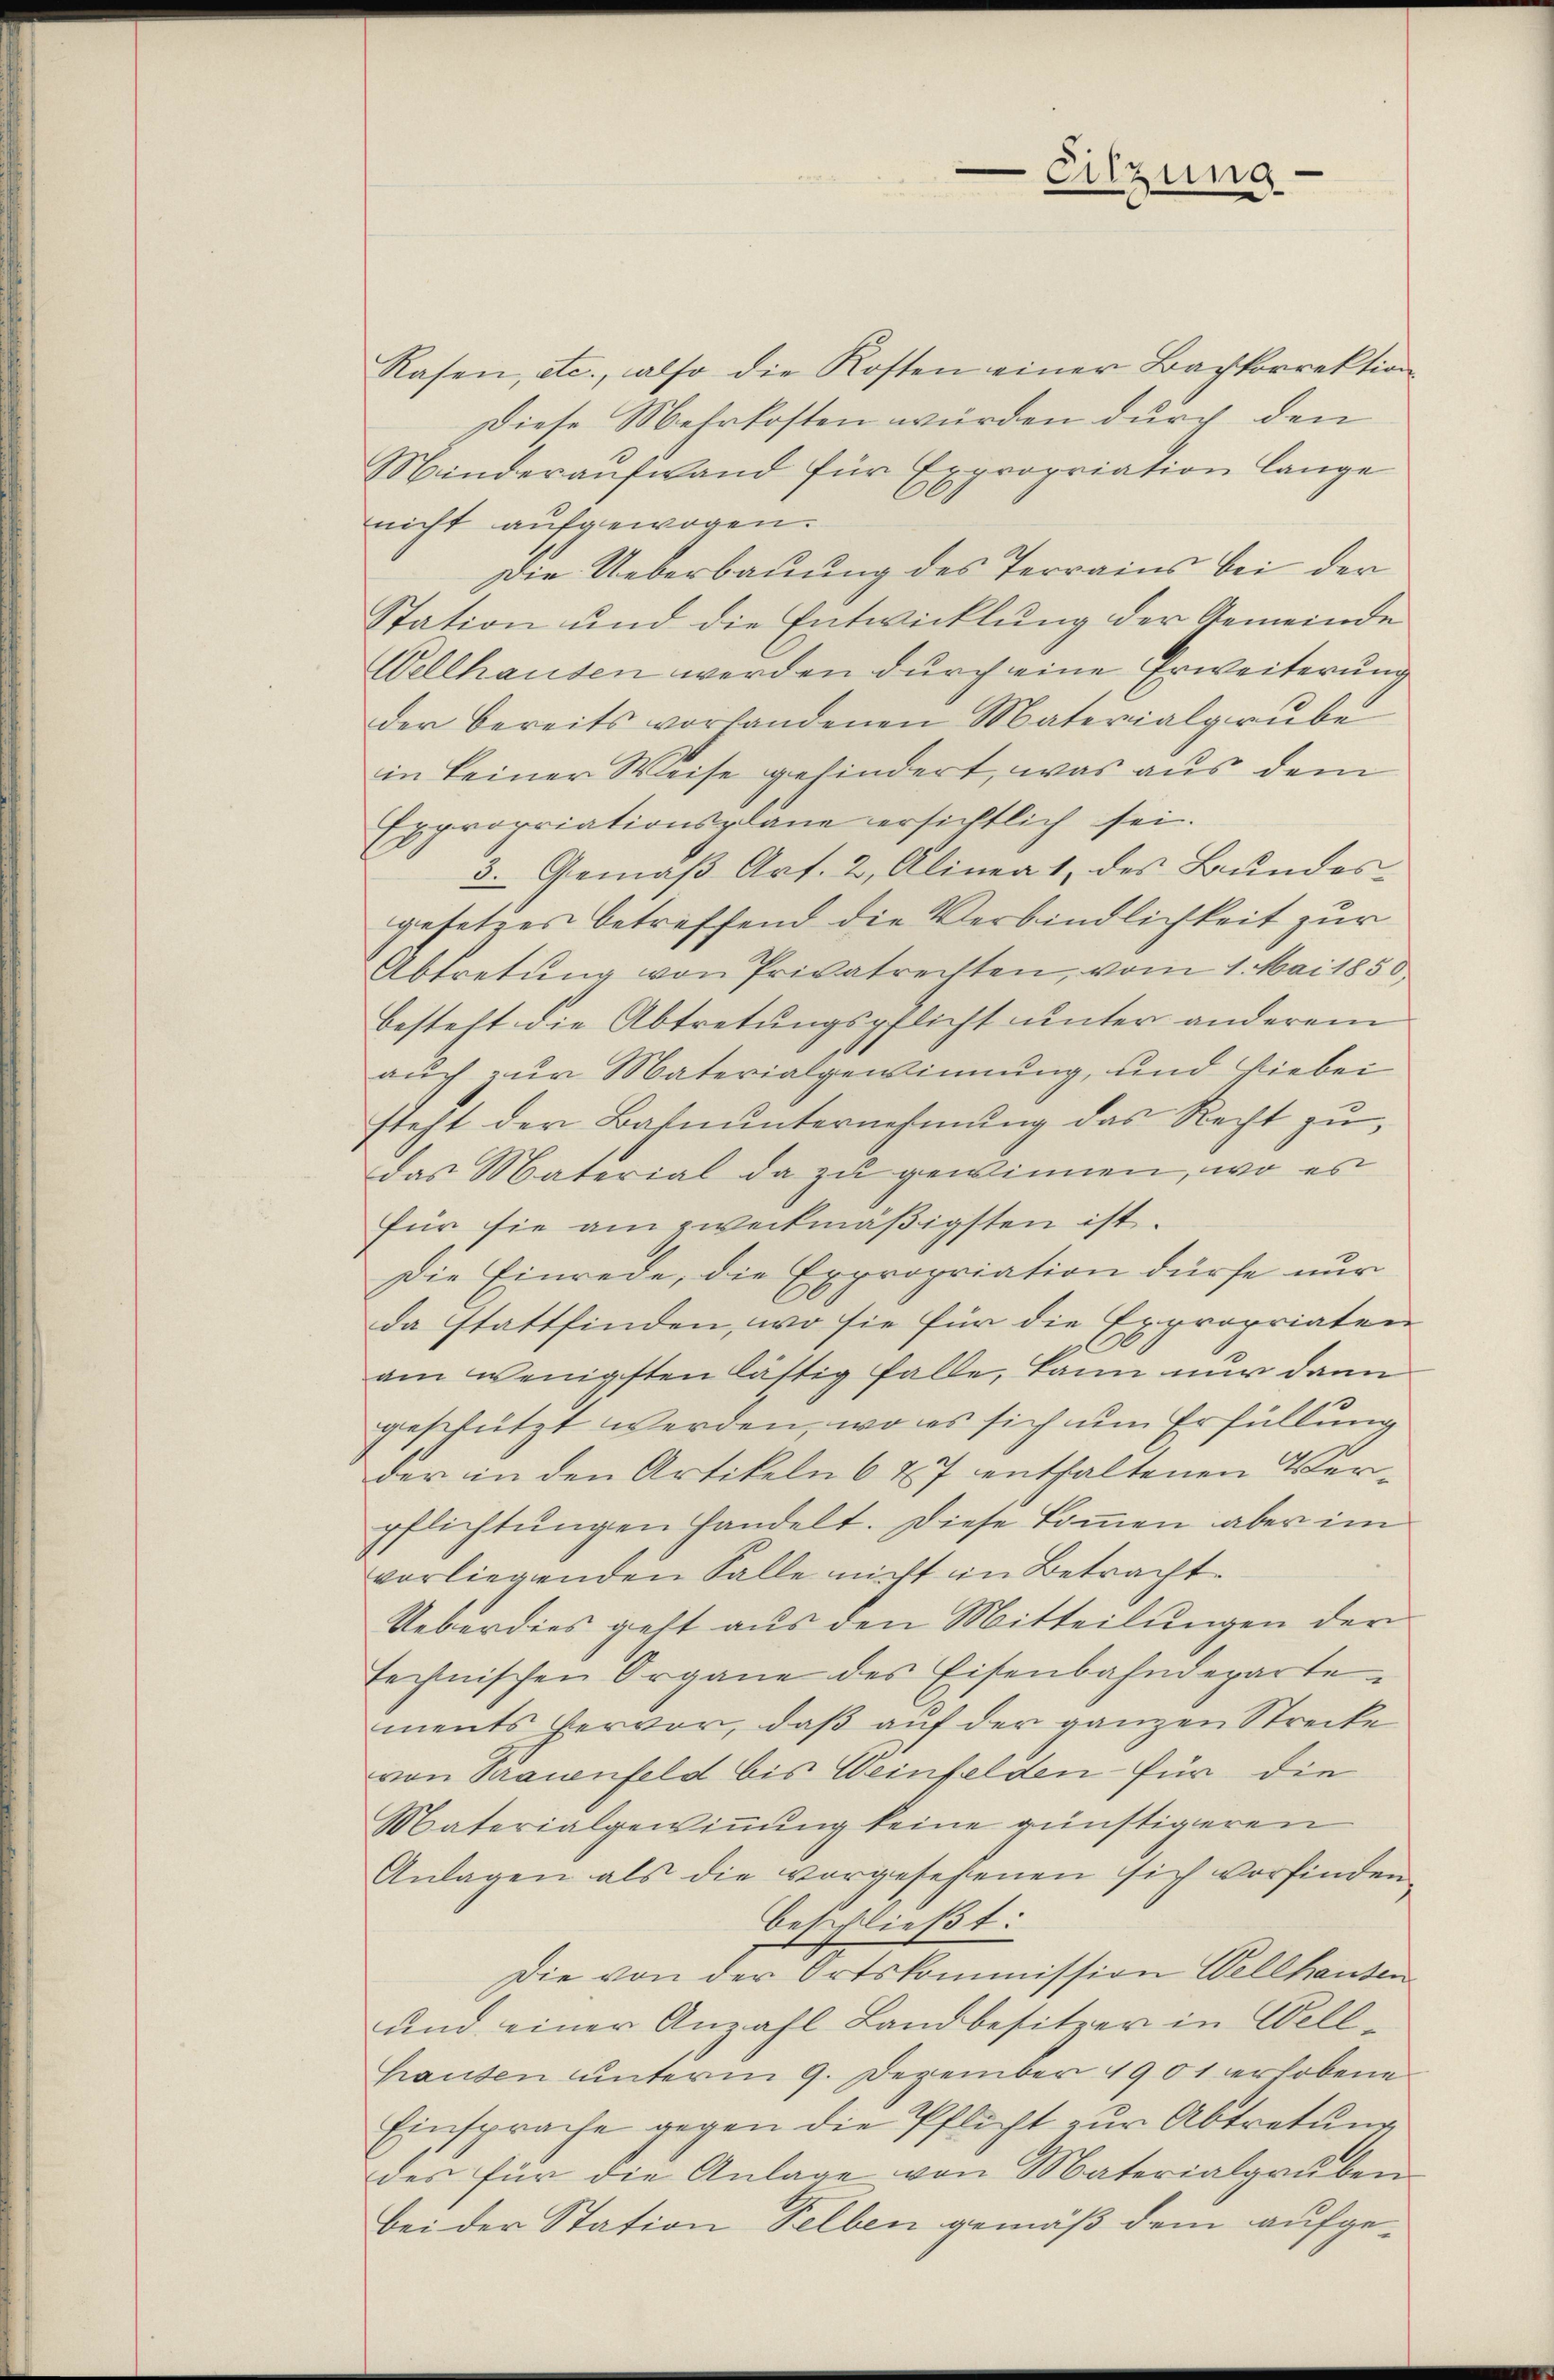
Rasen, etc., also die Kosten einer Bachkorrektion
Diese Mehrkosten würden durch den
Minderaŭfwand für Expropriation lange
nicht aufgewogen.
Die Ueberbauung des Terrains bei der
Station und die Entwicklung der Gemeinde
Wellhausen werden durch eine Erweiterung
der bereits vorhandenen Materialgrube
in keiner Weise gehindert, was aus dem
Expropriationsplane ersichtlich sei.
3. Gemäß Art. 2, Alinea 1, des Bundes
gesetzes betreffend die Verbindlichkeit zur
Abtretung von Privatrechten, vom 1. Mai 1850
besteht die Abtretungspflicht unter anderem
auch zur Materialgewinnung, und hiebei
steht der Bahnunternehmung das Recht zu
das Material da zu gewinnen, wo es
für sie am zweckmäßigsten ist.
Die Einrede, die Expropriation dürfe nur
da stattfinden, wo sie für die Expropriaten
C
am wenigsten lästig falle, kann nur dann
geschützt werden, wo es sich um Erfüllung
der in den Artikeln 627 enthaltenen Verpflichtŭngen handelt. Diese kommen aber im
vorliegenden Falle nicht in Betracht.
Ueberdies geht aus den Mitteilungen der
technischen Organe des Eisenbahndeparte
ments hervor, daβ aŭf der ganzen Strecke
von Grauenfeld bis Weinfelden für die
Materialgewinnung keine günstigeren
Anlagen als die vorgesehenen sich vorfinden
beschließt:
Die von der Ortskommission Wellhausen
und einer Anzahl Landbesitzer in Well-
hausen unterm 9. Dezember 1901 erhobene
Einsprache gegen die Pflicht zur Abtretung
des für die Anlage von Materialgrŭben
bei der Station Selben gemäß dem aufge¬

Sitzung